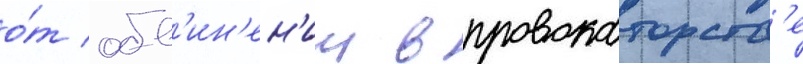
о́т обв'ин'ен'ии в провокаторств'е